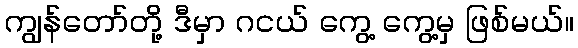
ကျွန်တော်တို့ ဒီမှာ ဂငယ် ကွေ့ ကွေ့မှ ဖြစ်မယ်။